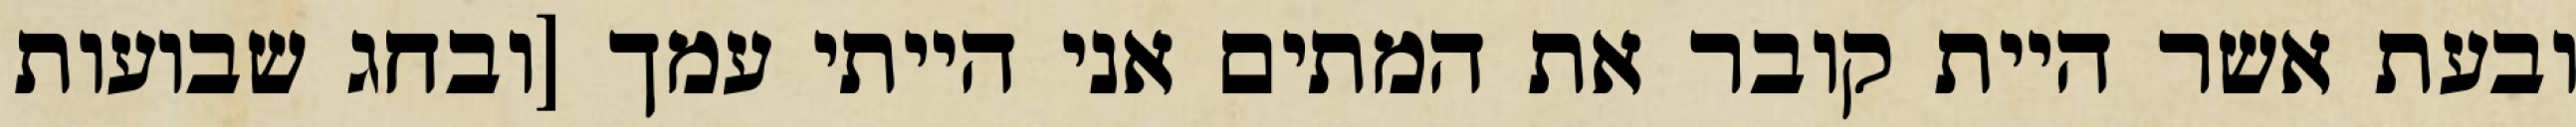
ובעת אשר היית קובר את המתים אני הייתי עמך [ובחג שבועות